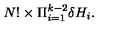
N ! \times \Pi _ { i = 1 } ^ { k - 2 } \delta H _ { i } .